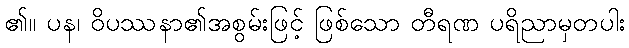
၏။ ပန၊ ဝိပဿနာ၏အစွမ်းဖြင့် ဖြစ်သော တီရဏ ပရိညာမှတပါး